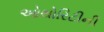
ઓથોરિટીની